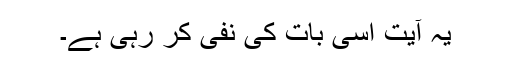
یہ آیت اسی بات کی نفی کر رہی ہے۔